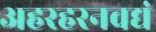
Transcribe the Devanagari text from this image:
अहरहरनवद्यं